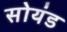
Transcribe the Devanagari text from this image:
सोयंड